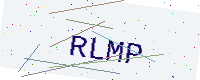
Text: RLMP